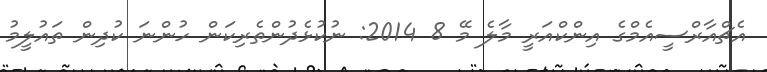
އެޗްއާރްސީއެމްގެ އިންކްއަރީ މާލެ މޭ 8 2014: ނުކުޅެދުންތެރިކަން ހުންނަ ކުދިން ތައުލީމު